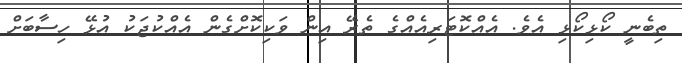
ތިބެނީ ކޯޅިކޯޅި އެވެ. އެއްކޮޓަރިއެއްގެ ތެރޭ އިން ވަކިކޮށްގެން އެއްކުޖަކު އުޅޭ ހިސާބަށް